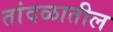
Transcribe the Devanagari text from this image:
तांदळातील